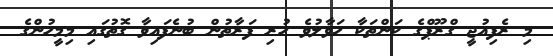
މި ރެފިއުޖީ ގްރޫޕްގެ ކަންތަކާ ހަވާލުވެ ހުރި ފަރާތުން ބުނެފައިވާ ގޮތުގައި މިމީހުންގެ